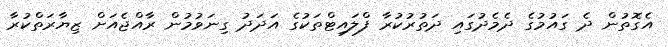
އެގޮތުން ދެ ގައުމުގެ ދެމެދުގައި ދަތުރުކުރާ ފްލައިޓްތަކުގެ އަދަދު ގިނަވުމުން ރާއްޖެއަށް ޒިޔާރަތްކުރާ